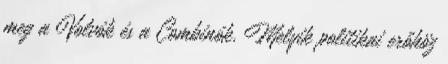
meg a Volvók és a Combinók. Melyik politikai erőhöz